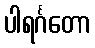
ပါရင်္ဂတော